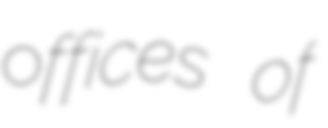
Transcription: offices of